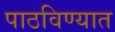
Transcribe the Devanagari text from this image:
पाठविण्‍यात